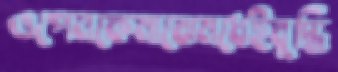
ওপেনকেমাঝেমধেইবুদ্ধি